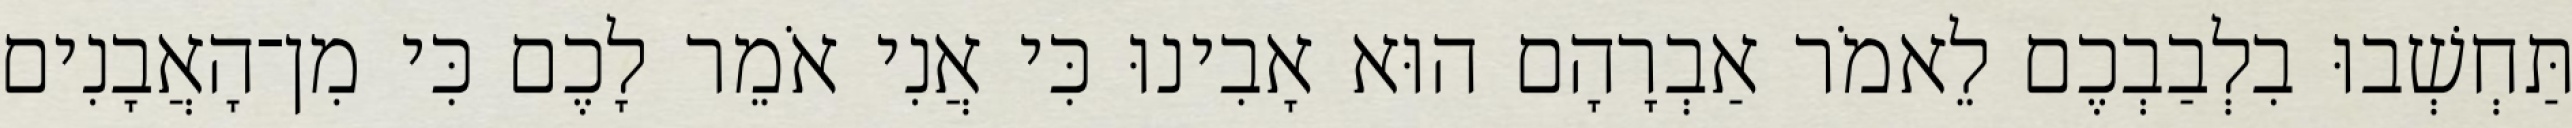
תַּחְשְׁבוּ בִלְבַבְכֶם לֵאמֹר אַבְרָהָם הוּא אָבִינוּ כִּי אֲנִי אֹמֵר לָכֶם כִּי מִן־הָאֲבָנִים